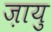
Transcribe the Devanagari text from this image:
ज़ायु